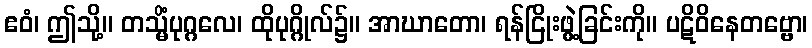
ဧဝံ၊ ဤသို့။ တသ္မိံပုဂ္ဂလေ၊ ထိုပုဂ္ဂိုလ်၌။ အာဃာတော၊ ရန်ငြိုးဖွဲ့ခြင်းကို။ ပဋိဝိနေတဗ္ဗော၊